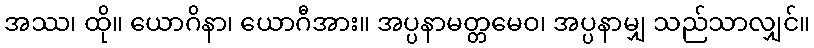
အဿ၊ ထို။ ယောဂိနာ၊ ယောဂီအား။ အပ္ပနာမတ္တမေဝ၊ အပ္ပနာမျှ သည်သာလျှင်။